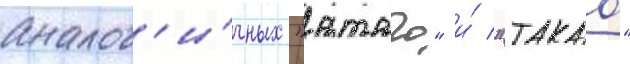
аналог'и́чных "атаго" и́ "такао"